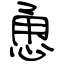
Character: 恿